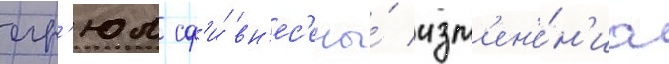
егр'юл сф'и́ вн'ес'ены́ изм'ен'е́н'иа